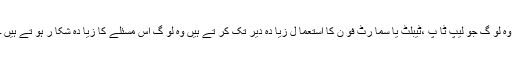
وہ لو گ جو لیپ ٹا پ ،ٹیبلٹ یا سما رٹ فو ن کا استعما ل زیا دہ دیر تک کر تے ہیں وہ لو گ اس مسئلے کا زیا دہ شکا ر ہو تے ہیں ۔